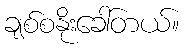
ချစ်စနိုးခေါ်တယ်။